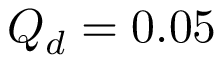
Q _ { d } = 0 . 0 5